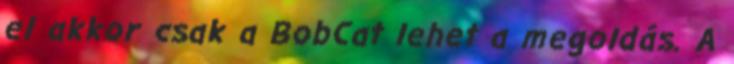
el akkor csak a BobCat lehet a megoldás. A